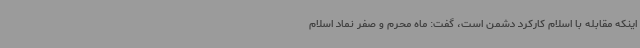
اینکه مقابله با اسلام کارکرد دشمن است، گفت: ماه محرم و صفر نماد اسلام